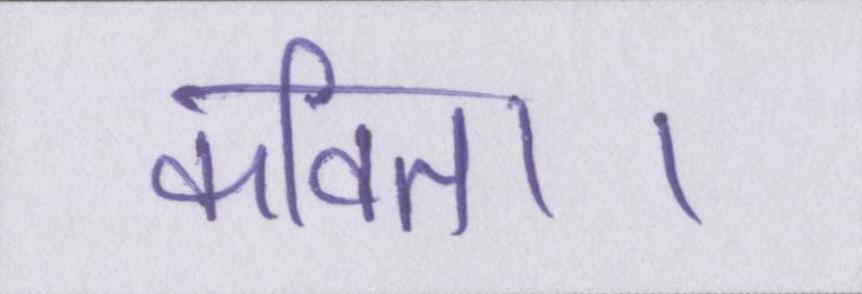
कविता।